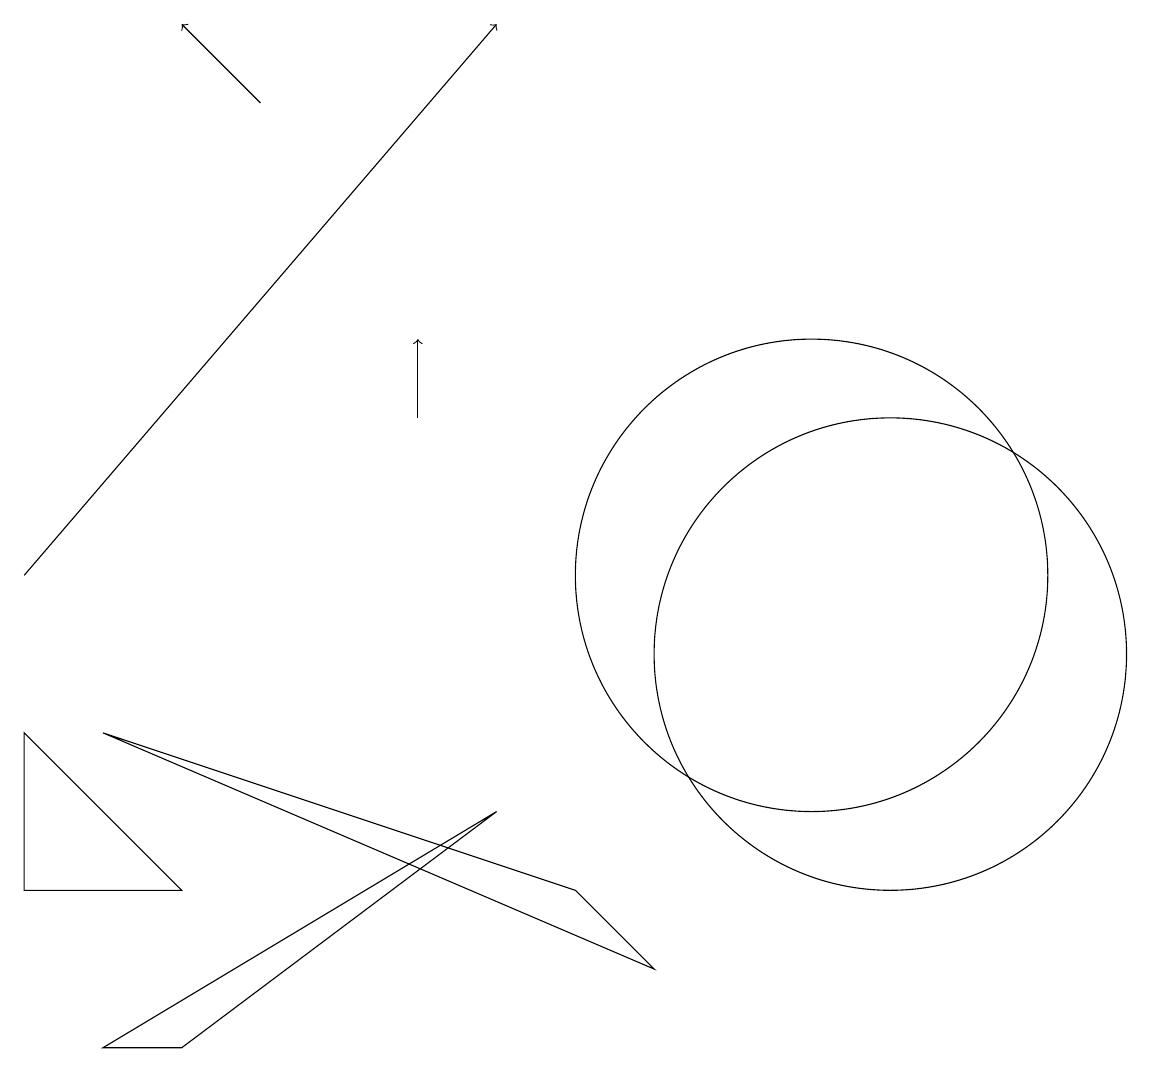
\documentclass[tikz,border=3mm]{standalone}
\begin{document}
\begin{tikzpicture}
\draw (12,10) circle (3);
\draw[->] (1,11) -- (7,18);
\draw (2,5) -- (7,8) -- (3,5) -- cycle;
\draw (2,9) -- (8,7) -- (9,6) -- cycle;
\draw[->] (6,13) -- (6,14);
\draw (11,11) circle (3);
\draw (1,7) -- (1,9) -- (3,7) -- cycle;
\draw[->] (4,17) -- (3,18);
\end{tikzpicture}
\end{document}